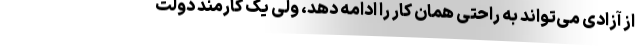
از آزادی می‌تواند به راحتی همان کار را ادامه دهد، ولی یک کارمند دولت